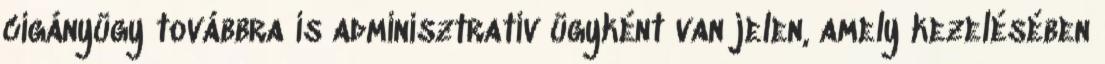
cigányügy továbbra is adminisztratív ügyként van jelen, amely kezelésében